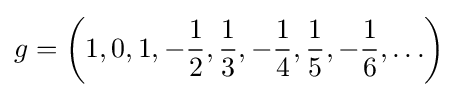
g=\left(1,0,1,-{\frac {1}{2}},{\frac {1}{3}},-{\frac {1}{4}},{\frac {1}{5}},-{\frac {1}{6}},\ldots \right)